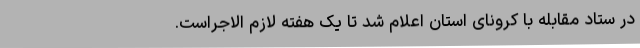
در ستاد مقابله با کرونای استان اعلام شد تا یک هفته لازم الاجراست.